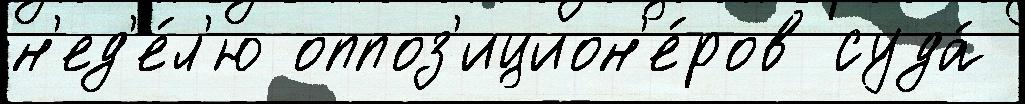
н'ед'е́л'ю оппоз'ицион'е́ров суда́